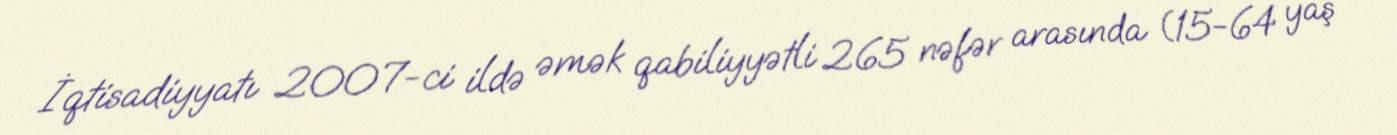
İqtisadiyyatı 2007-ci ildə əmək qabiliyyətli 265 nəfər arasında (15-64 yaş